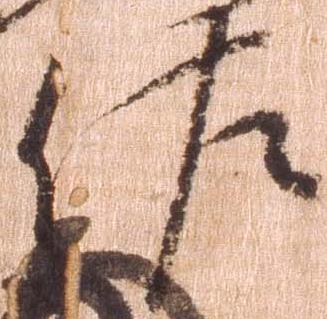
佐